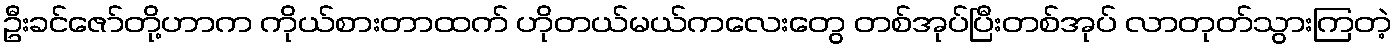
ဦးခင်ဇော်တို့ဟာက ကိုယ်စားတာထက် ဟိုတယ်မယ်ကလေးတွေ တစ်အုပ်ပြီးတစ်အုပ် လာတုတ်သွားကြတဲ့